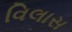
વિલાસ